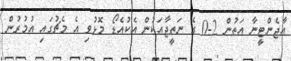
އާޖެންޓީނާ އަތުން 2-0 ގެ ނަތީޖާއަކުން އެކުއެޑޯ މޮޅުވި އެ މެޗުގައި އުމުރުން